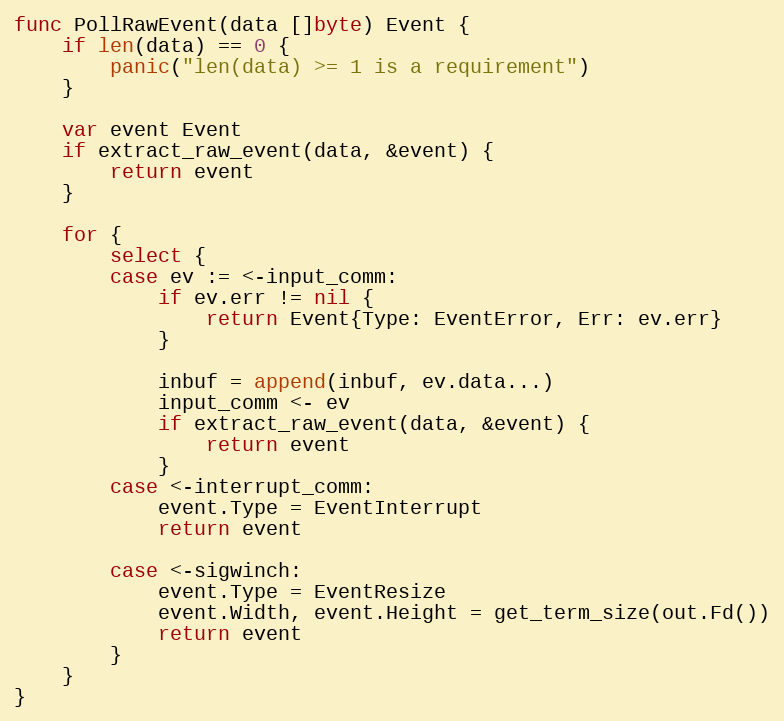
Language: Go
func PollRawEvent(data []byte) Event {
	if len(data) == 0 {
		panic("len(data) >= 1 is a requirement")
	}

	var event Event
	if extract_raw_event(data, &event) {
		return event
	}

	for {
		select {
		case ev := <-input_comm:
			if ev.err != nil {
				return Event{Type: EventError, Err: ev.err}
			}

			inbuf = append(inbuf, ev.data...)
			input_comm <- ev
			if extract_raw_event(data, &event) {
				return event
			}
		case <-interrupt_comm:
			event.Type = EventInterrupt
			return event

		case <-sigwinch:
			event.Type = EventResize
			event.Width, event.Height = get_term_size(out.Fd())
			return event
		}
	}
}